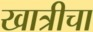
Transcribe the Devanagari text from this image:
खात्रीचा